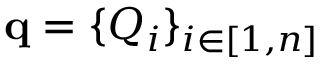
\mathbf { q } = \{ Q _ { i } \} _ { i \in [ 1 , n ] }